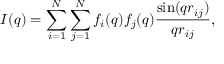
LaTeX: I ( q ) = \sum _ { i = 1 } ^ { N } \sum _ { j = 1 } ^ { N } f _ { i } ( q ) f _ { j } ( q ) { \frac { \sin ( q r _ { i j } ) } { q r _ { i j } } } ,